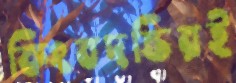
কিংবদন্তিরই